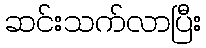
ဆင်းသက်လာပြီး